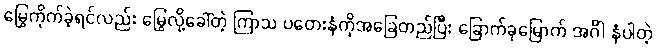
မြွေကိုက်ခဲ့ရင်လည်း မြွေလို့ခေါ်တဲ့ ကြာသ ပတေးနံကိုအခြေတည်ပြီး ခြောက်ခုမြောက် အင်္ဂါ နံပါတဲ့